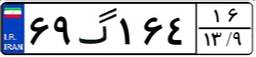
۶۹گ۱۶۴۱۶